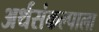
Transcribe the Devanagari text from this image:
अर्थसंकल्पाला